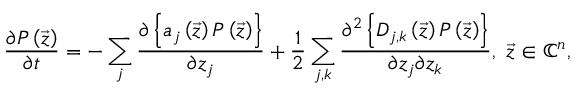
\frac { \partial P \left( \vec { z } \right) } { \partial t } = - \sum _ { j } \frac { \partial \left\{ a _ { j } \left( \vec { z } \right) P \left( \vec { z } \right) \right\} } { \partial z _ { j } } + \frac { 1 } { 2 } \sum _ { j , k } \frac { \partial ^ { 2 } \left\{ D _ { j , k } \left( \vec { z } \right) P \left( \vec { z } \right) \right\} } { \partial z _ { j } \partial z _ { k } } , \ \vec { z } \in \mathbb { C } ^ { n } ,